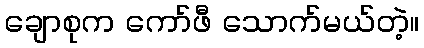
ချောစုက ကော်ဖီ သောက်မယ်တဲ့။